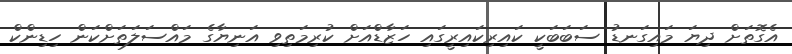
އެގޮތަށް ދިޔަ މައިގަނޑު ސަބަބަކީ ކައިރިކައިރީގައި ހަޒާޑްއަށް ކުރިމަތިވި އަނިޔާގެ މައްސަލަތަށްކަން ހިޑިންކް